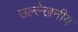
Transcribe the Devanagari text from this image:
उल्‍ल्‍ेखनीय